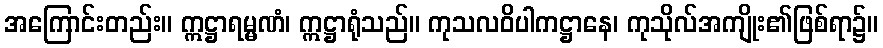
အကြောင်းတည်း။ ဣဋ္ဌာရမ္မဏံ၊ ဣဋ္ဌာရုံသည်။ ကုသလဝိပါကဋ္ဌာနေ၊ ကုသိုလ်အကျိုး၏ဖြစ်ရာ၌။